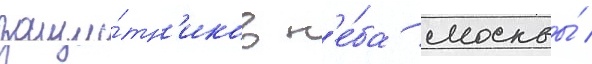
защи́тн'иков н'е́ба москвы́ /